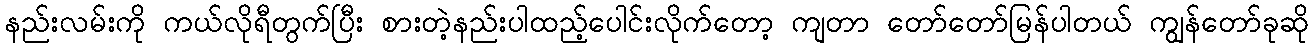
နည်းလမ်းကို ကယ်လိုရီတွက်ပြီး စားတဲ့နည်းပါထည့်ပေါင်းလိုက်တော့ ကျတာ တော်တော်မြန်ပါတယ် ကျွန်တော်ခုဆို